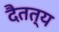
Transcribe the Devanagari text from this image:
दैतत्य